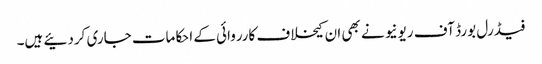
فیڈرل بورڈ آف ریونیو نے بھی ان کیخلاف کارروائی کے احکامات جاری کردئیے ہیں۔